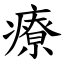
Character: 療